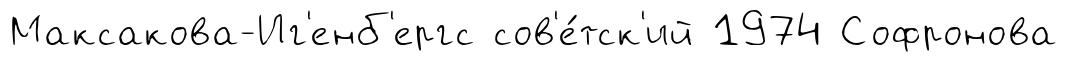
Максакова-Иг'енб'ергс сов'е́тск'ий 1974 Софронова